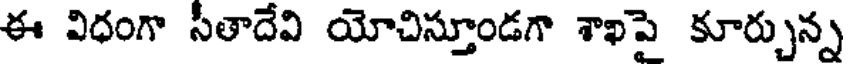
ఈ విధంగా సీతాదేవి యోచిస్తూండగా శాఖపై కూర్చున్న